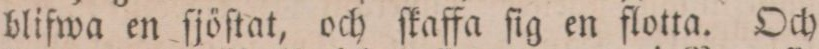
blifwa en ſjöſtat, och ſkaffa ſig en flotta. Och